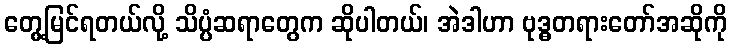
တွေ့မြင်ရတယ်လို့ သိပ္ပံဆရာတွေက ဆိုပါတယ်၊ အဲဒါဟာ ဗုဒ္ဓတရားတော်အဆိုကို